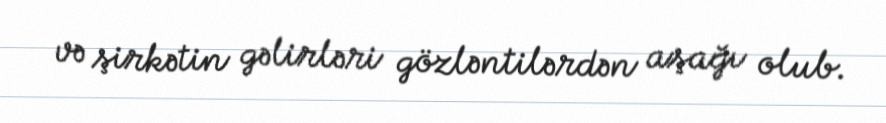
və şirkətin gəlirləri gözləntilərdən aşağı olub.